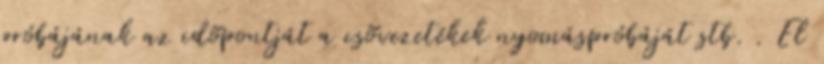
próbájának az idõpontját a csõvezetékek nyomáspróbáját stb. . El